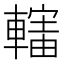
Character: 𨎜